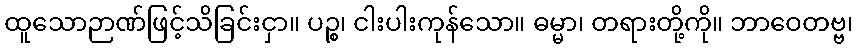
ထူသောဉာဏ်ဖြင့်သိခြင်းငှာ။ ပဉ္စ၊ ငါးပါးကုန်သော။ ဓမ္မာ၊ တရားတို့ကို။ ဘာဝေတဗ္ဗ၊